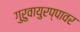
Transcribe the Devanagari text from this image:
गुरुवायुरप्पावर